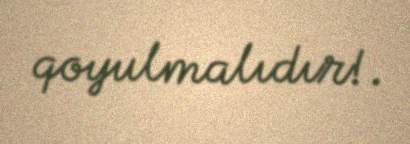
qoyulmalıdır!.